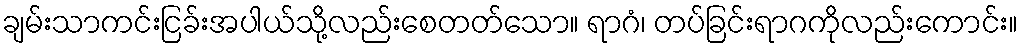
ချမ်းသာကင်းငြခ်းအပါယ်သို့လည်းစေတတ်သော။ ရာဂံ၊ တပ်ခြင်းရာဂကိုလည်းကောင်း။